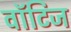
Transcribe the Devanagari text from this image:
वॉटिज